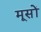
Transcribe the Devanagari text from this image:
मूसों